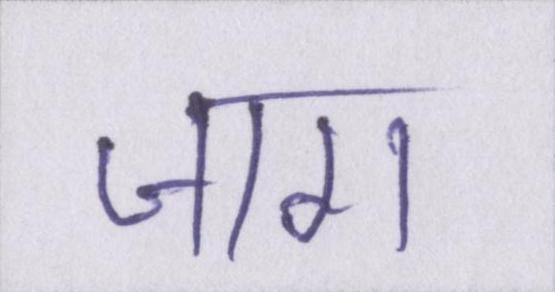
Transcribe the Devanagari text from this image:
जाग